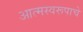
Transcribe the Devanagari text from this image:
आत्मस्वरूपाचे